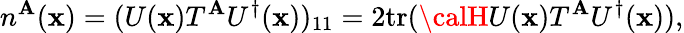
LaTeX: n^{\mathbf{A}}(\mathbf{x})=(U(\mathbf{x})T^{\mathbf{A}}U^{\dagger}(\mathbf{x}))_{11}=2\mathrm{{tr}}({\calH}U(\mathbf{x})T^{\mathbf{A}}U^{\dagger}(\mathbf{x})),